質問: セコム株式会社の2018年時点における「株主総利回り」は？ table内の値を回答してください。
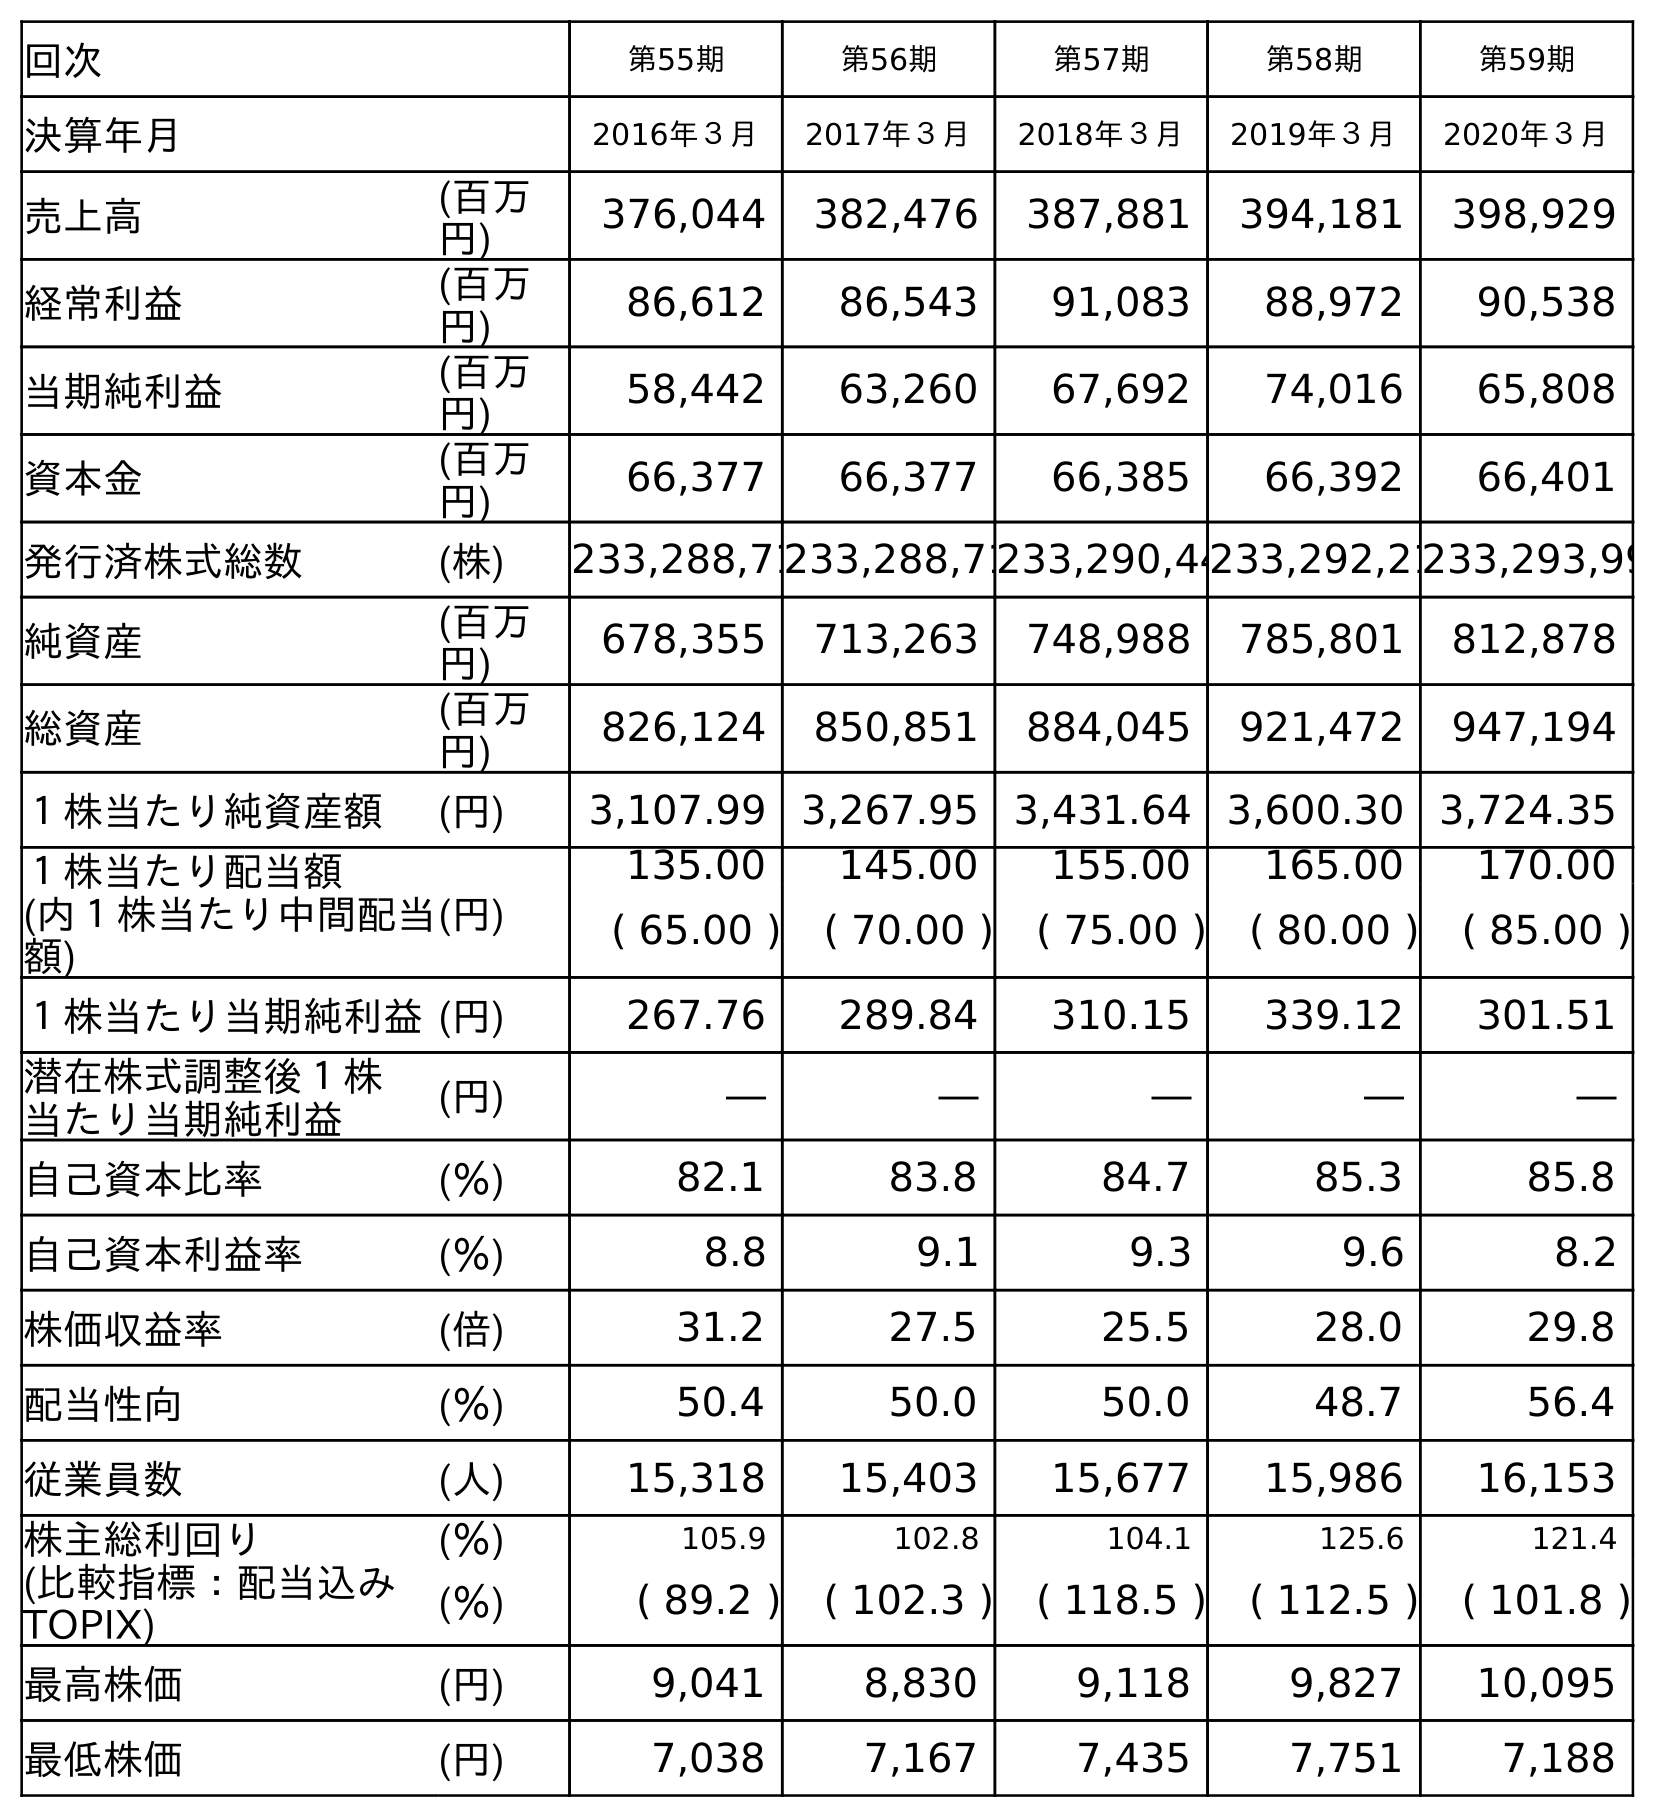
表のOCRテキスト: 回次 第55期 第56期 第57期 第58期 第59期 決算年月 2016年３月 2017年３月 2018年３月 2019年３月 2020年３月 売上高 (百万 円) 376,044 382,476 387,881 394,181 398,929 経常利益 (百万 円) 86,612 86,543 91,083 88,972 90,538 当期純利益 (百万 円) 58,442 63,260 67,692 74,016 65,808 資本金 (百万 円) 66,377 66,377 66,385 66,392 66,401 発行済株式総数 (株) 233,288,71233,288,71233,290,44233,292,21233,293,99 純資産 (百万 円) 678,355 713,263 748,988 785,801 812,878 総資産 (百万 円) 826,124 850,851 884,045 921,472 947,194 １株当たり純資産額 (円) 3,107.99 3,267.95 3,431.64 3,600.30 3,724.35 １株当たり配当額 (内１株当たり中間配当 額) (円) 135.00 145.00 155.00 165.00 170.00 ( 65.00 ) ( 70.00 ) ( 75.00 ) ( 80.00 ) ( 85.00 ) １株当たり当期純利益(円) 267.76 289.84 310.15 339.12 301.51 潜在株式調整後１株 当たり当期純利益 (円) ― ― ― ― ― 自己資本比率 (％) 82.1 83.8 84.7 85.3 85.8 自己資本利益率 (％) 8.8 9.1 9.3 9.6 8.2 株価収益率 (倍) 31.2 27.5 25.5 28.0 29.8 配当性向 (％) 50.4 50.0 50.0 48.7 56.4 従業員数 (人) 15,318 15,403 15,677 15,986 16,153 株主総利回り (％) 105.9 102.8 104.1 125.6 121.4 (比較指標：配当込み TOPIX) (％) ( 89.2 ) ( 102.3 ) ( 118.5 ) ( 112.5 ) ( 101.8 ) 最高株価 (円) 9,041 8,830 9,118 9,827 10,095 最低株価 (円) 7,038 7,167 7,435 7,751 7,188
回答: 104.1